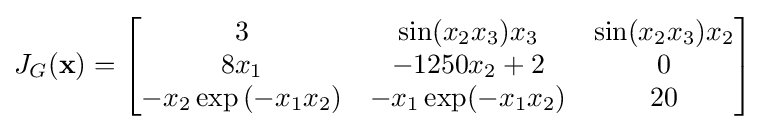
J_{G}(\mathbf {x} )={\begin{bmatrix}3&\sin(x_{2}x_{3})x_{3}&\sin(x_{2}x_{3})x_{2}\\8x_{1}&-1250x_{2}+2&0\\-x_{2}\exp {(-x_{1}x_{2})}&-x_{1}\exp(-x_{1}x_{2})&20\\\end{bmatrix}}